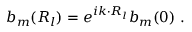
b _ { m } ( { \boldsymbol { R _ { l } } } ) = e ^ { i { \boldsymbol { k \cdot R _ { l } } } } b _ { m } ( { \boldsymbol { 0 } } ) \ .